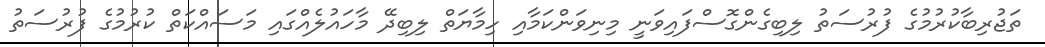
ތަޖުރިބާކުރުމުގެ ފުރުސަތު ލިބިގެންގޮސްފައިވަނީ މިނިވަންކަމާއި ހިމާޔަތް ލިބިދޭ މާހައުލެއްގައި މަސައްކަތް ކުރުމުގެ ފުރުސަތު